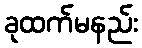
ခုထက်မနည်း